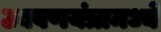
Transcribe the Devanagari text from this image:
उबवणयंत्रामध्ये